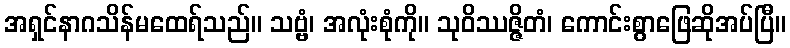
အရှင်နာဂသိန်မထေရ်သည်။ သဗ္ဗံ၊ အလုံးစုံကို။ သုဝိဿဇ္ဇိတံ၊ ကောင်းစွာဖြေဆိုအပ်ပြီ။